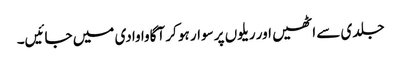
جلدی سے اٹھیں اور ریلوں پر سوار ہو کر آگاوا وادی میں جائیں۔